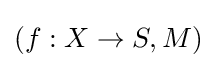
(f:X\to S,M)